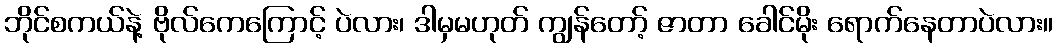
ဘိုင်စကယ်နဲ့ ဗိုလ်ကေကြောင့် ပဲလား၊ ဒါမှမဟုတ် ကျွန်တော့် ဇာတာ ခေါင်မိုး ရောက်နေတာပဲလား။